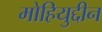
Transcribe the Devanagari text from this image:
मोहियुद्दीन